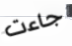
جاءت